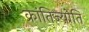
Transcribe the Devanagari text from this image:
क्रांतिज्योति